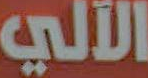
الآلي